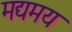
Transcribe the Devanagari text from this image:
मद्यमय